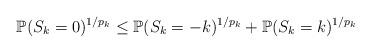
LaTeX: \begin{align*}\mathbb{P}(S_k=0)^{1/p_k} \leq \mathbb{P}(S_k=-k)^{1/p_k} + \mathbb{P}(S_k=k)^{1/p_k}\end{align*}